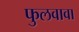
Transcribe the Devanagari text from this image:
फुलवावा